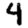
Digit: 4